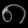
Digit: ၈